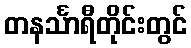
တနင်္သာရီတိုင်းတွင်